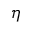
\eta